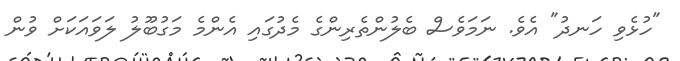
"ހުޅެވި ހަނދު" އެވެ. ނަމަވެސް ބެލުންތެރިންގެ މެދުގައި އެންމެ މަގުބޫލު ލަވައަކަށް ވުން